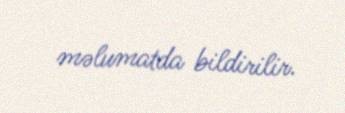
məlumatda bildirilir.